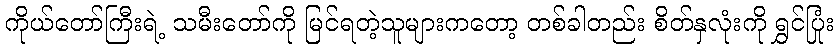
ကိုယ်တော်ကြီးရဲ့ သမီးတော်ကို မြင်ရတဲ့သူများကတော့ တစ်ခါတည်း စိတ်နှလုံးကို ရွှင်ပြုံး